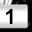
Digit: 1